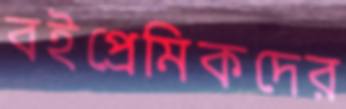
বইপ্রেমিকদের